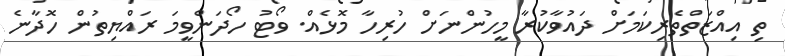
ތި އިއްޒަތްތެރިކަމަށް ދައުވާކުރާ މީހުންނަށް ހުރިހާ މޮޅެއް. ވޯޓު ހޯދަންވީމަ ރައްޔިތުން ހޮދާނެ